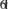
6